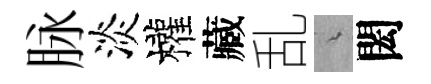
脉淡權藏乱綿閎